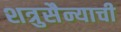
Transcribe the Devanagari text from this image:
शत्रुसैन्याची